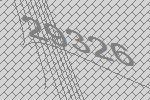
29326